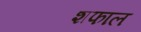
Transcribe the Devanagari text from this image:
शफाल